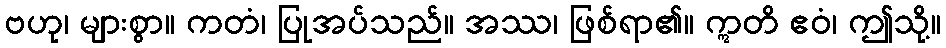
ဗဟု၊ များစွာ။ ကတံ၊ ပြုအပ်သည်။ အဿ၊ ဖြစ်ရာ၏။ ဣတိ ဧဝံ၊ ဤသို့။